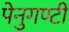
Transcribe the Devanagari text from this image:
पेनुगण्टी